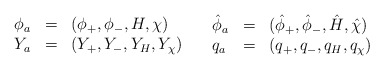
\begin{align*}\begin{array}{lcl}\phi_a &= & ( \phi_+,\phi_-, H, \chi) \\ Y_a &= & ( Y_+,Y_-, Y_H, Y_\chi) \end{array}\quad \begin{array}{lcl}\hat \phi_a &= & ( \hat \phi_+,\hat \phi_-, \hat H, \hat\chi) \\ q_a &= & ( q_+,q_-, q_H, q_\chi) \end{array}\end{align*}